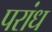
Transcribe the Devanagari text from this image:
परांध